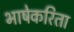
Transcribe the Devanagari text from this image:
भाषेकरिता